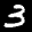
Label: 3